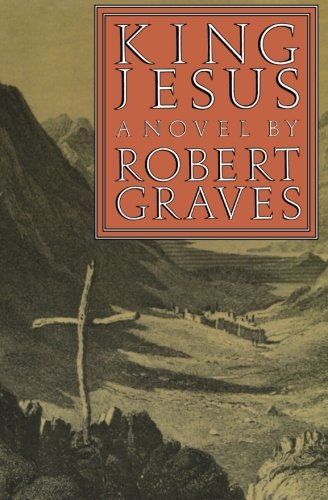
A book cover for King Jesus: A Novel (FSG Classics); Robert Graves; Christian Books & Bibles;